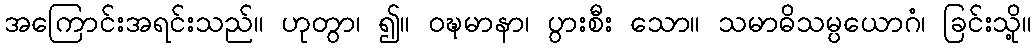
အကြောင်းအရင်းသည်။ ဟုတွာ၊ ၍။ ဝဍ္ဎမာနာ၊ ပွားစီး သော။ သမာဓိသမ္ပယောဂံ၊ ခြင်းသို့။